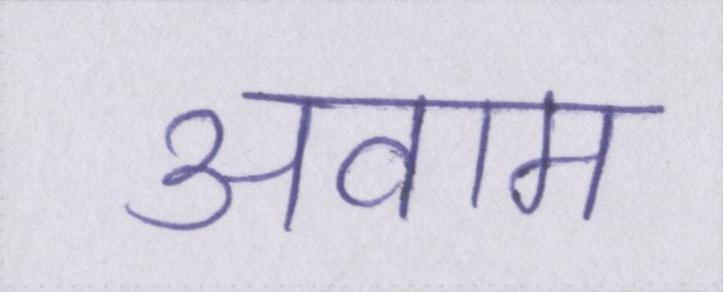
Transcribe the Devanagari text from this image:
अवाम